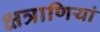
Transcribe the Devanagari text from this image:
क्षत्राणियां